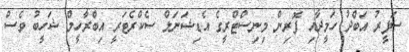
ސަފީރު އަބްދު ހަމީދާއި ފޮރިން މިނިސްޓްރީގެ އެޑިޝަނަލް ސެކްރެޓަރީ އިބްރާހީމް ޝަހީބު ވެސް